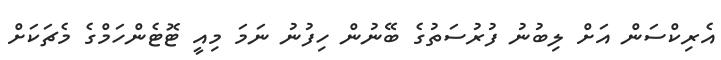
އެރިކްސަން އަށް ލިބުނު ފުރުސަތުގެ ބޭނުން ހިފުނު ނަމަ މިއީ ޓޮޓެންހަމްގެ މެޗަކަށް